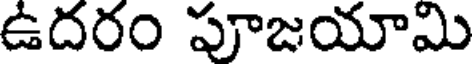
ఉదరం పూజయామి